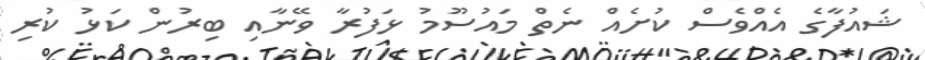
ޝައުފާގެ އެއްވެސް ކުށެއް ނެތް މައުސޫމު ޅަފުރާ ވޭނާއި ބިރުން ކަޅު ކުރި